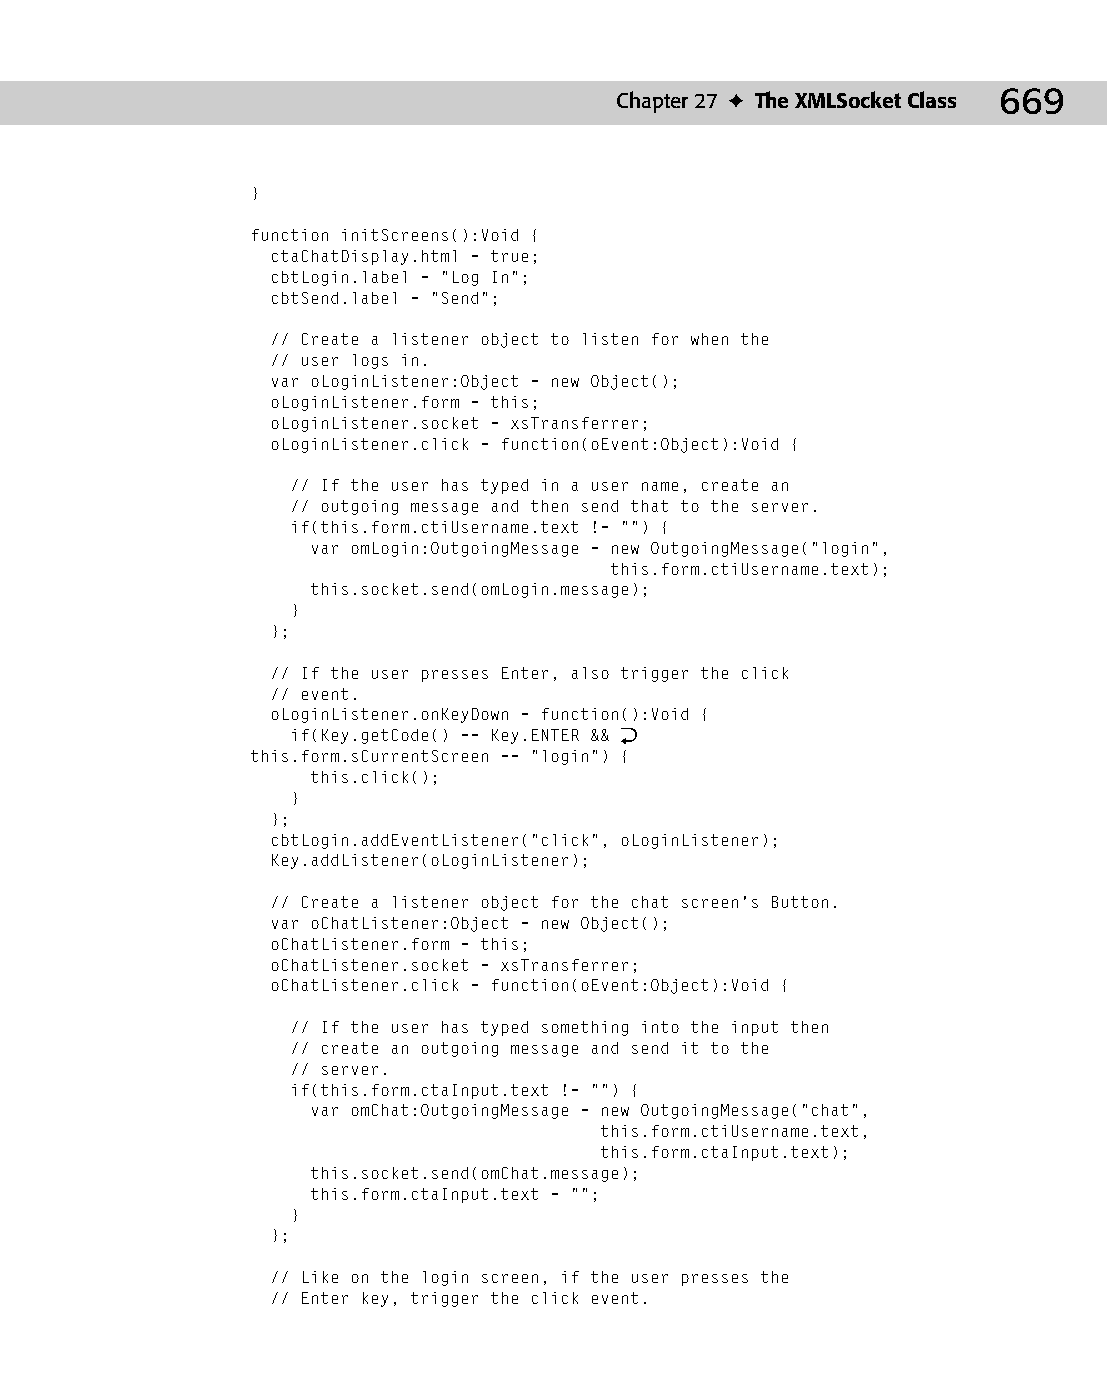
35 543547 ch27.qxd 3/24/04 4:08 PM Page 669
 Chapter 27 ✦ The XMLSocket Class 669
 }
 function initScreens():Void {
 ctaChatDisplay.html = true;
 cbtLogin.label = “Log In”;
 cbtSend.label = “Send”;
 // Create a listener object to listen for when the
 // user logs in.
 var oLoginListener:Object = new Object();
 oLoginListener.form = this;
 oLoginListener.socket = xsTransferrer;
 oLoginListener.click = function(oEvent:Object):Void {
 // If the user has typed in a user name, create an
 // outgoing message and then send that to the server.
 if(this.form.ctiUsername.text != “”) {
 var omLogin:OutgoingMessage = new OutgoingMessage(“login”,
 this.form.ctiUsername.text);
 this.socket.send(omLogin.message);
 }
 };
 // If the user presses Enter, also trigger the click
 // event.
 oLoginListener.onKeyDown = function():Void {
 if(Key.getCode() == Key.ENTER && Æ
 this.form.sCurrentScreen == “login”) {
 this.click();
 }
 };
 cbtLogin.addEventListener(“click”, oLoginListener);
 Key.addListener(oLoginListener);
 // Create a listener object for the chat screen’s Button.
 var oChatListener:Object = new Object();
 oChatListener.form = this;
 oChatListener.socket = xsTransferrer;
 oChatListener.click = function(oEvent:Object):Void {
 // If the user has typed something into the input then
 // create an outgoing message and send it to the
 // server.
 if(this.form.ctaInput.text != “”) {
 var omChat:OutgoingMessage = new OutgoingMessage(“chat”,
 this.form.ctiUsername.text,
 this.form.ctaInput.text);
 this.socket.send(omChat.message);
 this.form.ctaInput.text = “”;
 }
 };
 // Like on the login screen, if the user presses the
 // Enter key, trigger the click event.